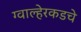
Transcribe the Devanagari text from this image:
ग्वाल्हेरकडचे